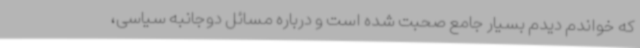
که خواندم دیدم بسیار جامع صحبت شده است و درباره مسائل دوجانبه سیاسی،